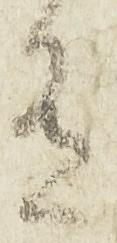
有